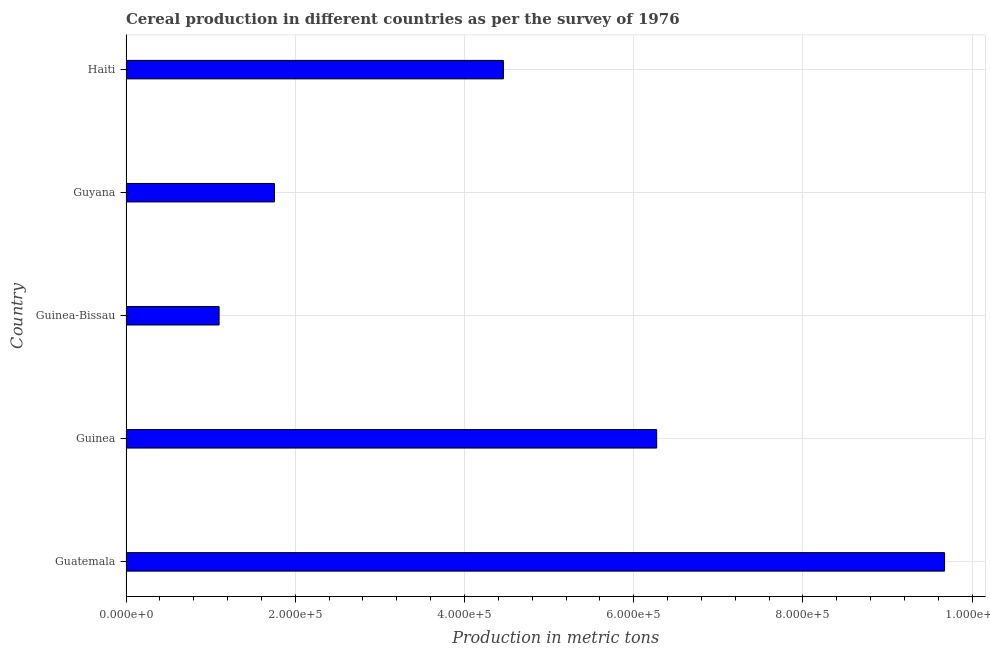
| Country | Cereal production |
 | --- | --- |
 | Guatemala | 9.67e+05 |
 | Guinea | 6.27e+05 |
 | Guinea-Bissau | 1.1e+05 |
 | Guyana | 1.75e+05 |
 | Haiti | 4.46e+05 |